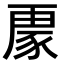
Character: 𮙟